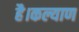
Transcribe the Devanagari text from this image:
है।कल्याण